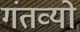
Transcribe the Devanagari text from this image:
गंतव्यो